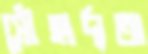
সৌহার্দ্যতা